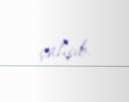
çalışıb.